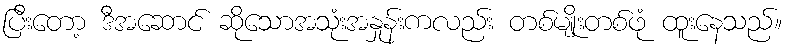
ပြီးတော့ ဒီအဆောင် ဆိုသောအသုံးအနှုန်းကလည်း တစ်မျိုးတစ်ဖုံ ထူးနေသည်။